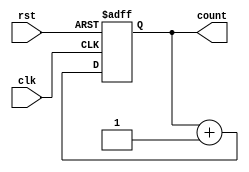
module binary_counter (
    input wire clk, // Clock input
    input wire rst, // Reset input
    output reg [3:0] count // 4-bit binary counter output
);

    always @(posedge clk or posedge rst) begin
        if (rst) begin
            count <= 4'b0000; // Reset the count value to zero
        end else begin
            count <= count + 1; // Increment the count value by one
        end
    end

endmodule